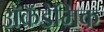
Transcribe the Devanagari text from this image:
ॲकॅडेमिक